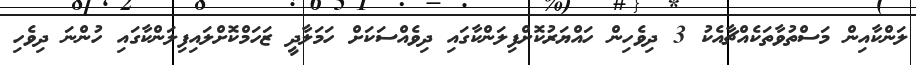
ލަންކާއިން މަސްތުވާތަކެއްޗާއެކު 3 ދިވެހިން ހައްޔަރުކޮށްފިލަންކާގައި ދިވެއްސަކަށް ހަމަލާދީ ޒަހަމްކޮށްލައިފިލަންކާގައި ހުންނަ ދިވެހި